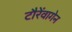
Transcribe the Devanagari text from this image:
टौरेंवागेन